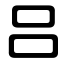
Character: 吕